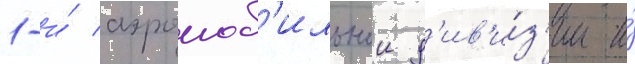
1-и́ аэромоб'ильнои д'ив'и́з'ии и́